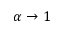
\alpha \rightarrow 1